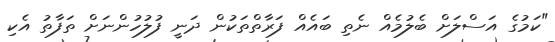
"ކަމުގެ އަސްލަށް ބެލުމެއް ނެތި ބައެއް ފަރާތްތަކުން ދަނީ ފުލުހުންނަށް ތަފާތު އެކި